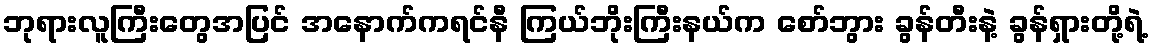
ဘုရားလူကြီးတွေအပြင် အနောက်ကရင်နီ ကြယ်ဘိုးကြီးနယ်က စော်ဘွား ခွန်တီးနဲ့ ခွန်ရှားတို့ရဲ့